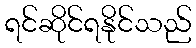
ရင်ဆိုင်ရနိုင်သည်